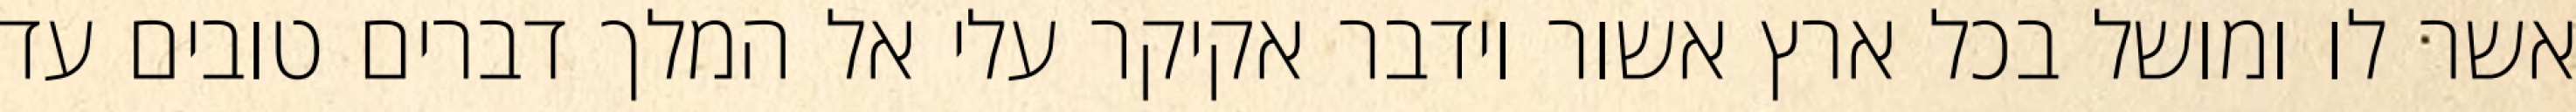
אשר לו ומושל בכל ארץ אשור וידבר אקיקר עלי אל המלך דברים טובים עד